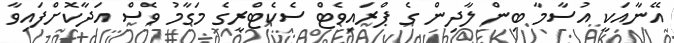
އޭނާއަކީ އުސާމާ ބިން ލާދިން ގެ ޕްރައިވެޓް ސެކެޓްރީގެ މަގާމު ވެސް އަދާކޮށްފައިވާ